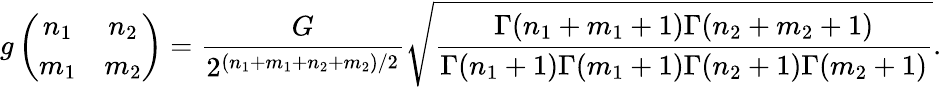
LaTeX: g\left(\begin{array}{cc}{{n_{1}}}&{{n_{2}}}\\ {{m_{1}}}&{{m_{2}}}\end{array}\right)=\frac{G}{2^{(n_{1}+m_{1}+n_{2}+m_{2})/2}}\sqrt{\frac{\Gamma(n_{1}+m_{1}+1)\Gamma(n_{2}+m_{2}+1)}{\Gamma(n_{1}+1)\Gamma(m_{1}+1)\Gamma(n_{2}+1)\Gamma(m_{2}+1)}}.